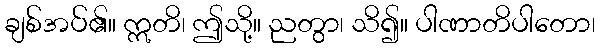
ချစ်အပ်၏။ ဣတိ၊ ဤသို့။ ညတွာ၊ သိ၍။ ပါဏာတိပါတော၊